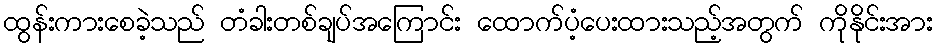
ထွန်းကားစေခဲ့သည် တံခါးတစ်ချပ်အကြောင်း ထောက်ပံ့ပေးထားသည့်အတွက် ကိုနိုင်းအား